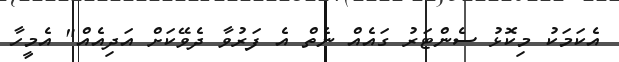
އެކަމަކު މިކޮޅު ސެންޓަރު ގައެއް ނެތް އެ ފަރުވާ ދެވޭކަށް އަދިއެެއް" އެމީހާ